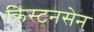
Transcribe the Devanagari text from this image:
क्रिस्टनसेन